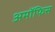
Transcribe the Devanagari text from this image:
अमॉफिस